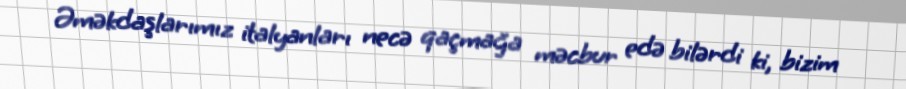
Əməkdaşlarımız italyanları necə qaçmağa məcbur edə bilərdi ki, bizim